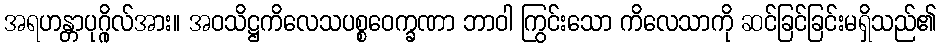
အရဟန္တာပုဂ္ဂိုလ်အား။ အဝသိဋ္ဌကိလေသပစ္စဝေက္ခဏာ ဘာဝါ ကြွင်းသော ကိလေသာကို ဆင်ခြင်ခြင်းမရှိသည်၏